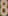
8